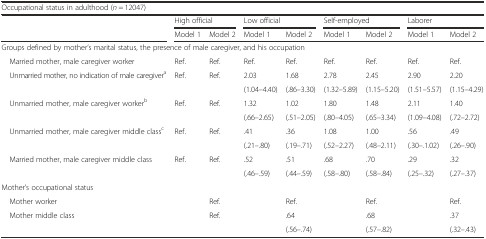
<table><thead><tr><td colspan="9"><b>Occupational status in adulthood (<i>n</i> = 12047)</b></td></tr><tr><td rowspan="2"></td><td colspan="2"><b>High official</b></td><td colspan="2"><b>Low official</b></td><td colspan="2"><b>Self-employed</b></td><td colspan="2"><b>Laborer</b></td></tr><tr><td><b>Model 1</b></td><td><b>Model 2</b></td><td><b>Model 1</b></td><td><b>Model 2</b></td><td><b>Model 1</b></td><td><b>Model 2</b></td><td><b>Model 1</b></td><td><b>Model 2</b></td></tr></thead><tbody><tr><td colspan="9">Groups defined by mother’s marital status, the presence of male caregiver, and his occupation</td></tr><tr><td> Married mother, male caregiver worker</td><td>Ref.</td><td>Ref.</td><td>Ref.</td><td>Ref.</td><td>Ref.</td><td>Ref.</td><td>Ref.</td><td>Ref.</td></tr><tr><td rowspan="2"> Unmarried mother, no indication of male caregiver<sup>a</sup></td><td rowspan="2">Ref.</td><td rowspan="2">Ref.</td><td>2.03</td><td>1.68</td><td>2.78</td><td>2.45</td><td>2.90</td><td>2.20</td></tr><tr><td>(1.04–4.40)</td><td>(.86–3.30)</td><td>(1.32–5.89)</td><td>(1.15–5.20)</td><td>(1.51–5.57)</td><td>(1.15–4.29)</td></tr><tr><td rowspan="2"> Unmarried mother, male caregiver worker<sup>b</sup></td><td rowspan="2">Ref.</td><td rowspan="2">Ref.</td><td>1.32</td><td>1.02</td><td>1.80</td><td>1.48</td><td>2.11</td><td>1.40</td></tr><tr><td>(.66–2.65)</td><td>(.51–2.05)</td><td>(.80–4.05)</td><td>(.65–3.34)</td><td>(1.09–4.08)</td><td>(.72–2.72)</td></tr><tr><td rowspan="2"> Unmarried mother, male caregiver middle class<sup>c</sup></td><td rowspan="2">Ref.</td><td rowspan="2">Ref.</td><td>.41</td><td>.36</td><td>1.08</td><td>1.00</td><td>.56</td><td>.49</td></tr><tr><td>(.21–.80)</td><td>(.19–.71)</td><td>(.52–2.27)</td><td>(.48–2.11)</td><td>(.30–.1.02)</td><td>(.26–.90)</td></tr><tr><td rowspan="2"> Married mother, male caregiver middle class</td><td rowspan="2">Ref.</td><td rowspan="2">Ref.</td><td>.52</td><td>.51</td><td>.68</td><td>.70</td><td>.29</td><td>.32</td></tr><tr><td>(.46–.59)</td><td>(.44–.59)</td><td>(.58–.80)</td><td>(.58–.84)</td><td>(.25–.32)</td><td>(.27–.37)</td></tr><tr><td colspan="9">Mother’s occupational status</td></tr><tr><td> Mother worker</td><td></td><td>Ref.</td><td></td><td>Ref.</td><td></td><td>Ref.</td><td></td><td>Ref.</td></tr><tr><td rowspan="2"> Mother middle class</td><td rowspan="2"></td><td rowspan="2">Ref.</td><td rowspan="2"></td><td>.64</td><td rowspan="2"></td><td>.68</td><td rowspan="2"></td><td>.37</td></tr><tr><td>(.56–.74)</td><td>(.57–.82)</td><td>(.32–.43)</td></tr></tbody></table>